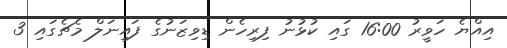
އިއްޔެ ހަވީރު 16:00 ގައި ކުޅުނު ފިރިހެން ޑިވިޒަނުގެ ފައިނަލް މެޗެގައި 3